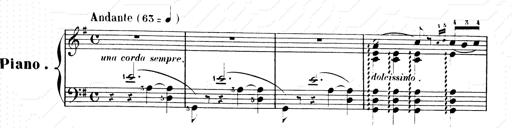
Title: Les SabÃ©ennes
Composer: Franz Liszt